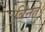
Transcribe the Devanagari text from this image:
बिनते